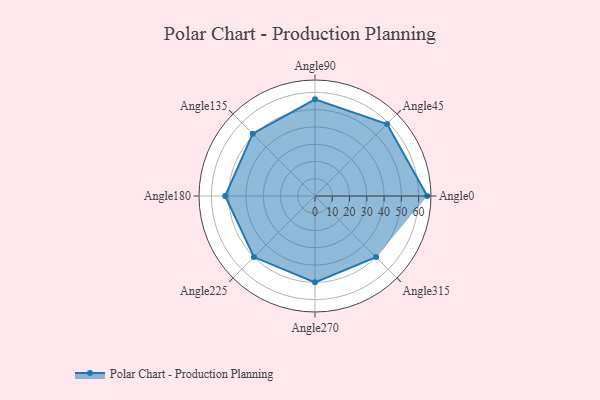
{"axis": {"x": "Angle", "y": "Radius"}, "legend": [""], "data": [{"x": "Angle0", "y": 65.0, "type": ""}, {"x": "Angle45", "y": 59.0, "type": ""}, {"x": "Angle90", "y": 56.0, "type": ""}, {"x": "Angle135", "y": 51.0, "type": ""}, {"x": "Angle180", "y": 52.0, "type": ""}, {"x": "Angle225", "y": 50, "type": ""}, {"x": "Angle270", "y": 50, "type": ""}, {"x": "Angle315", "y": 50, "type": ""}]}